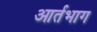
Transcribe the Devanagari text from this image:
आर्तभाग